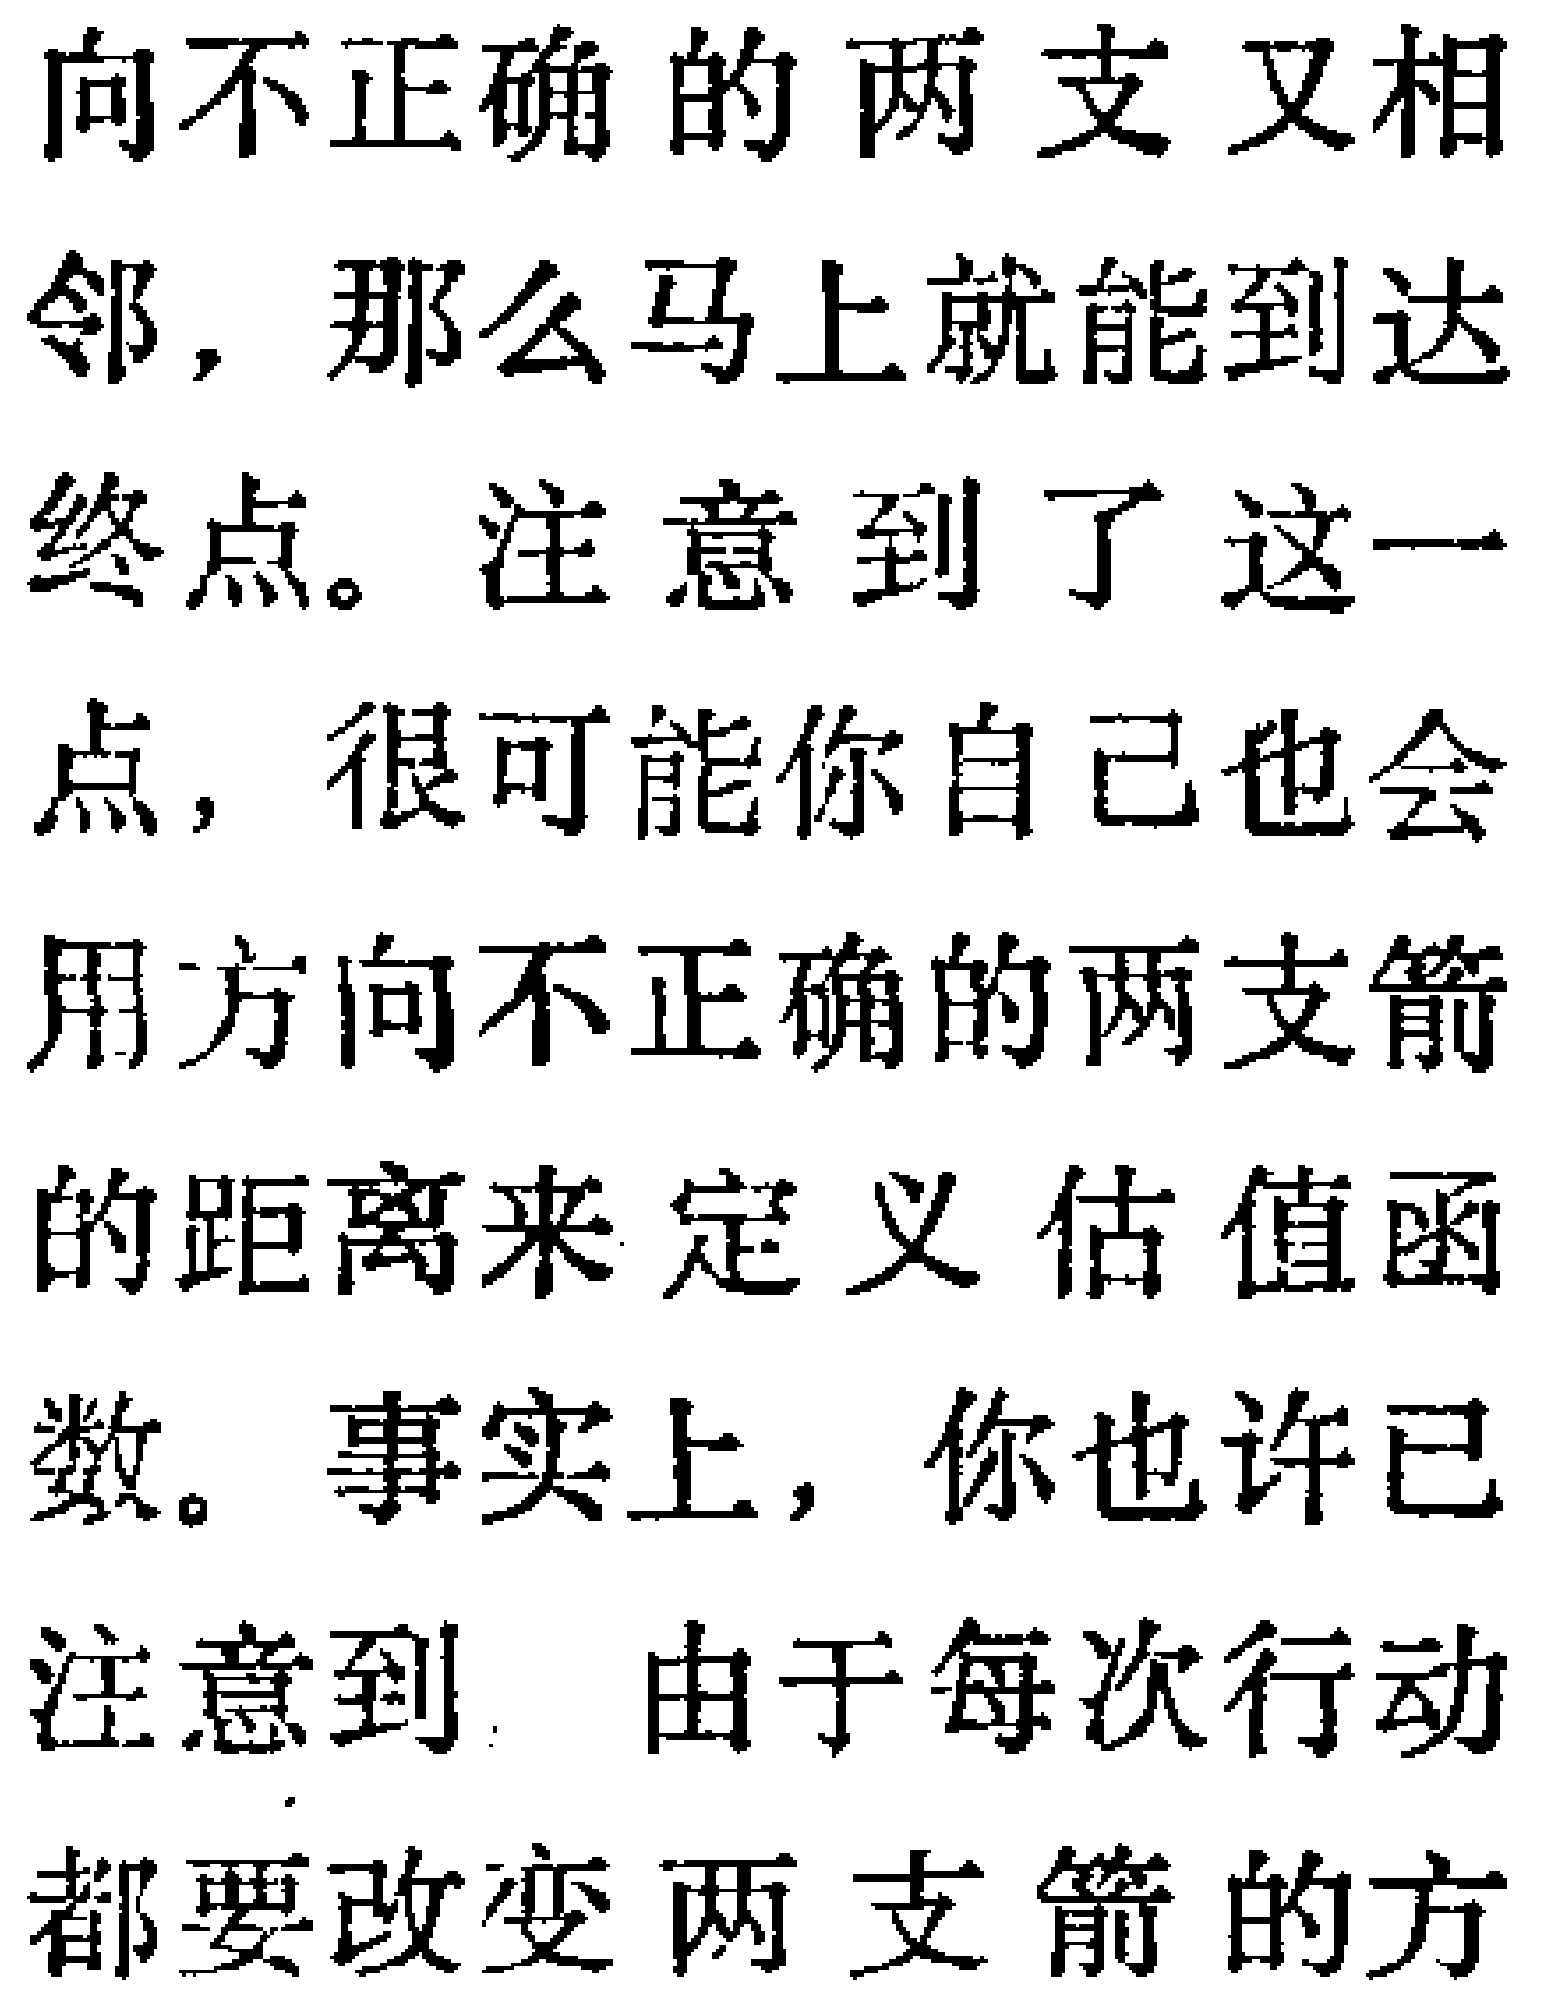
向不正确的两支又相邻，那么马上就能到达终点。注意到了这一点，很可能你自己也会用方向不正确的两支箭的距离来定义估值函数。事实上，你也许已注意到 由于每次行动都要改变两支箭的方